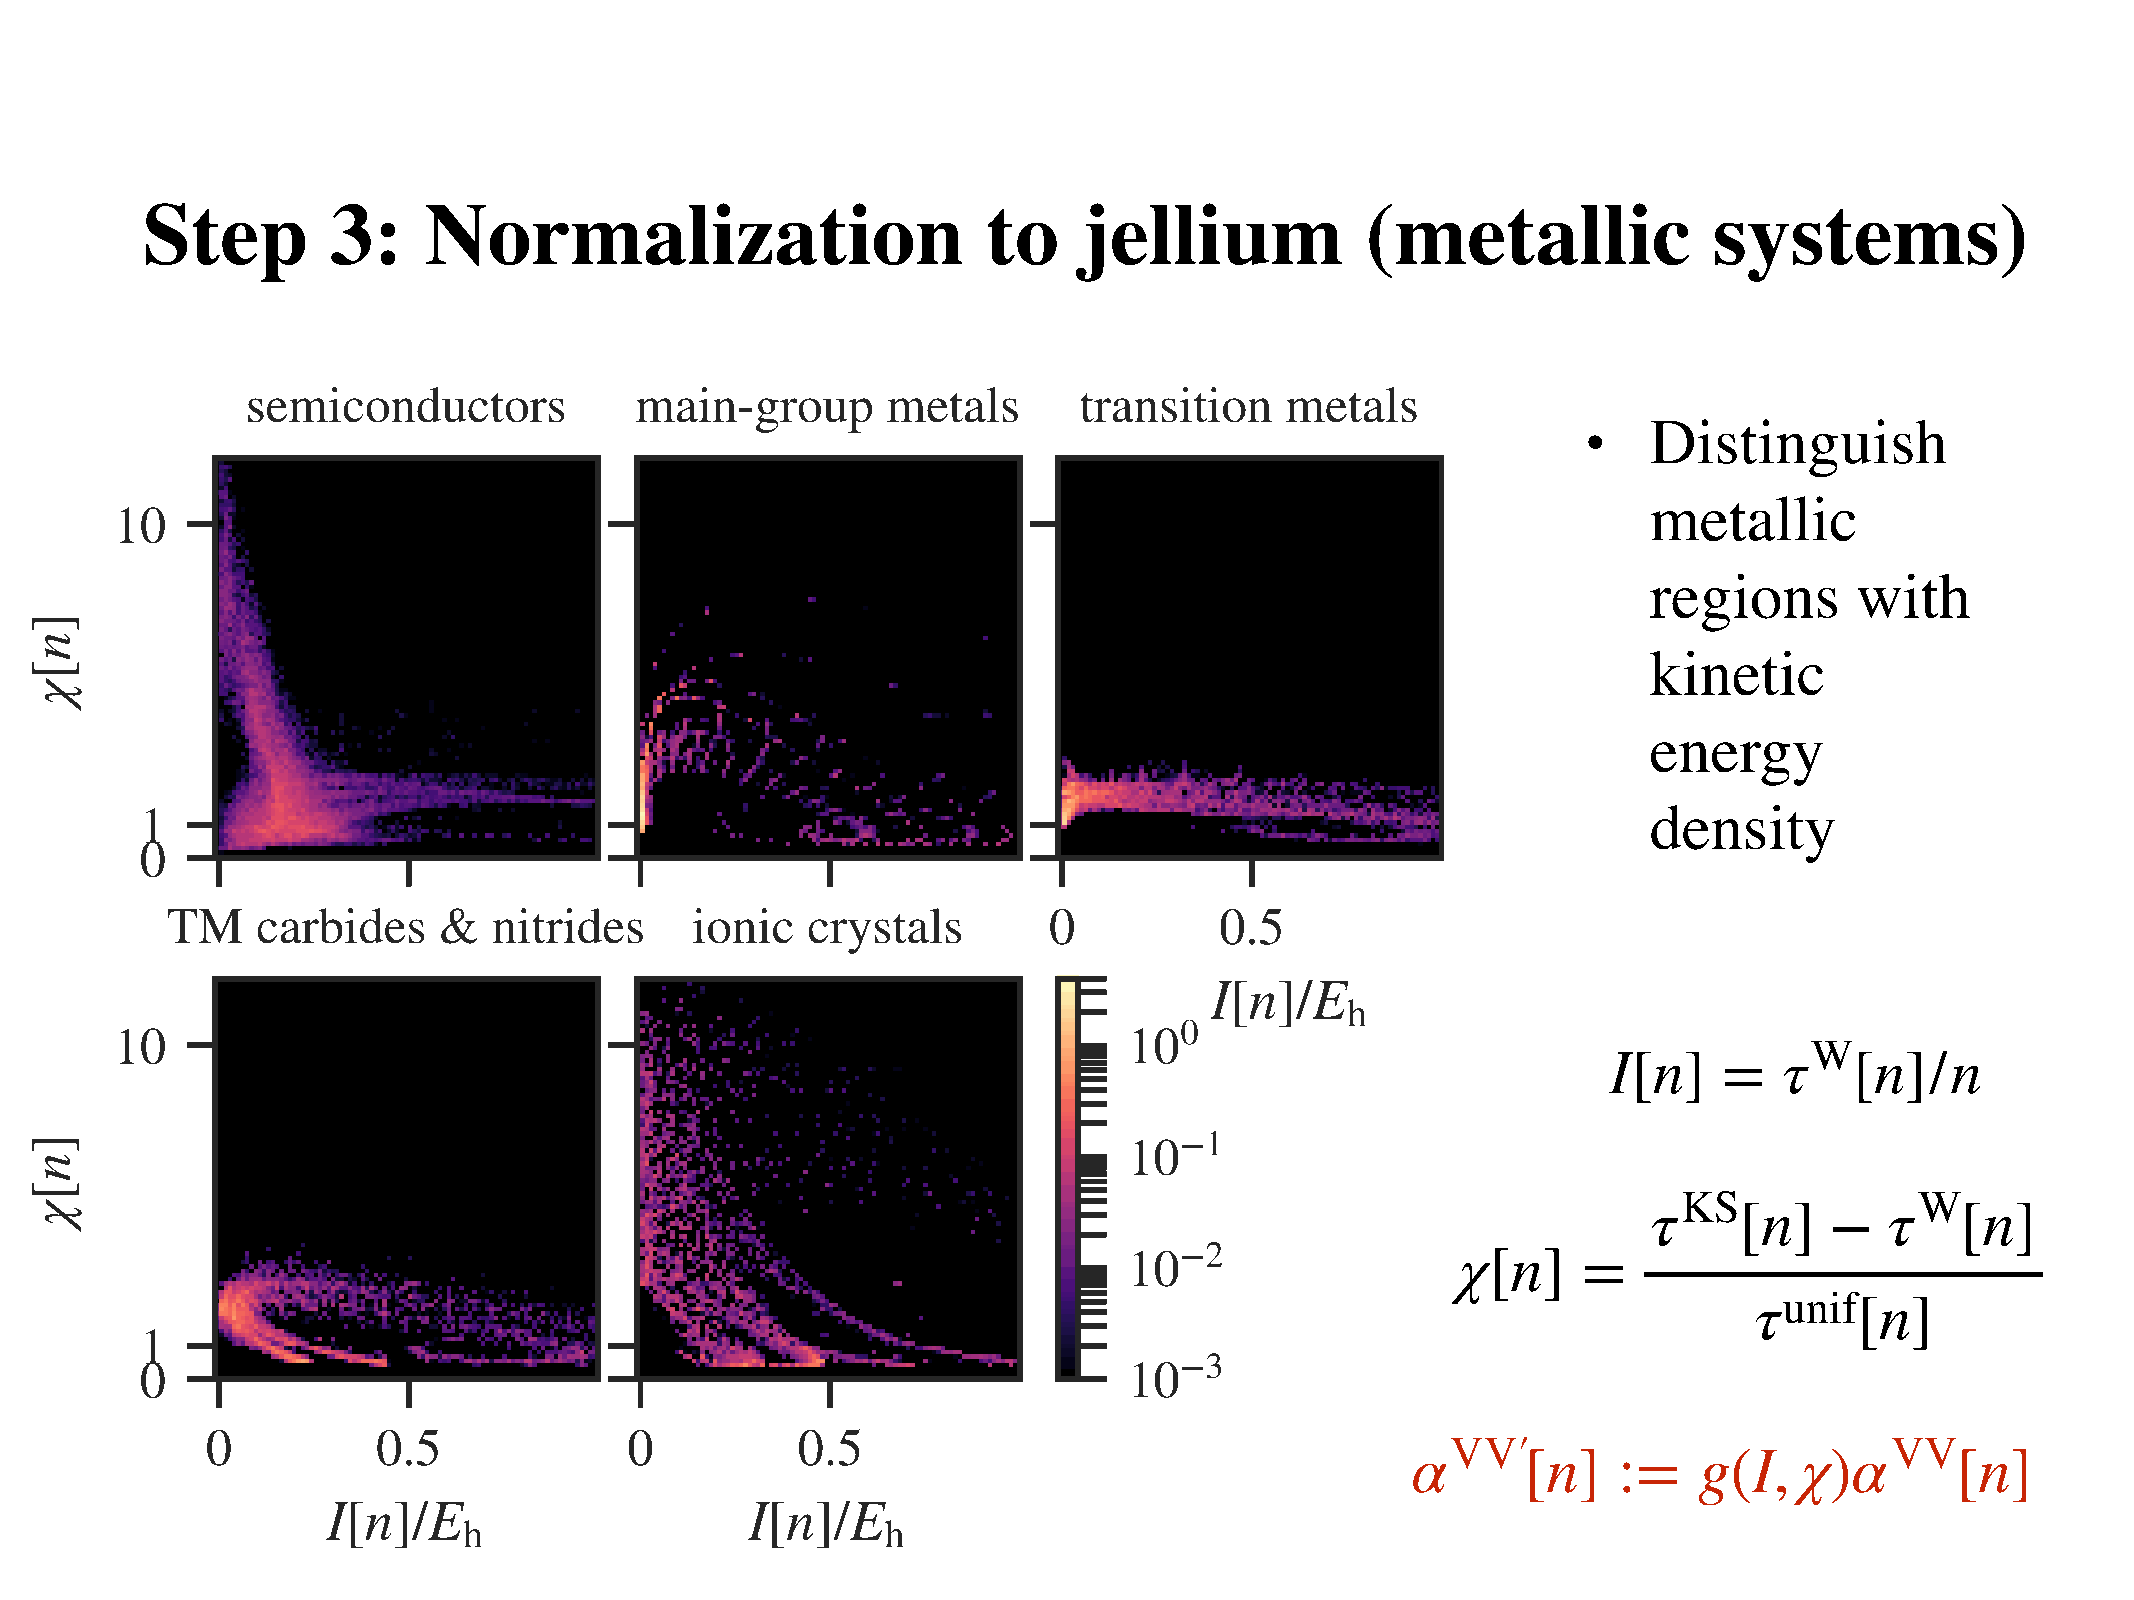
Step         3:    Normalization                        to     jellium           (metallic              systems)
 Distinguish
 •
 metallic
 regions       with
 kinetic
 energy
 density
 W
 I[n]   =   τ    [n]/n
 KS              W
 τ     [n]   −   τ    [n]
 χ[n]    =
 unif
 τ      [n]
 VV′                          VV
 α       [n]   :=   g(I,   χ)α        [n]